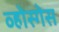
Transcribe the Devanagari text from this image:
व्होस्गेस